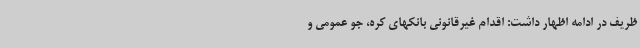
ظریف در ادامه اظهار داشت: اقدام غیرقانونی بانکهای کره، جو عمومی و